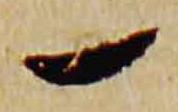
一